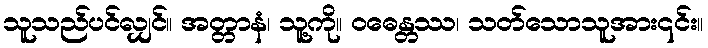
သူသည်ပင်လျှင်။ အတ္တာနံ၊ သူ့ကို။ ဝဓေန္တဿ၊ သတ်သောသူအား၎င်း။